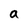
Character: a